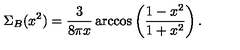
\Sigma _ { B } ( x ^ { 2 } ) = \frac { 3 } { 8 \pi x } \arccos \left( \frac { 1 - x ^ { 2 } } { 1 + x ^ { 2 } } \right) .